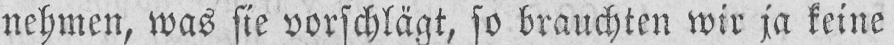
nehmen, was die vorschlägt, so brauchten wir ja keine